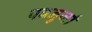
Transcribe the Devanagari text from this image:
पवनुर्जा